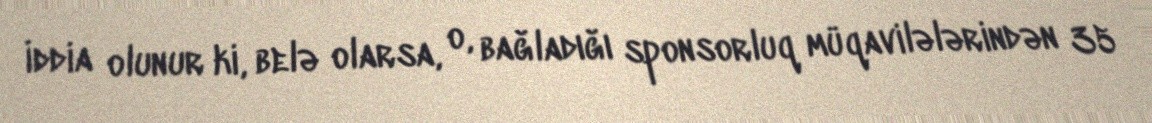
İddia olunur ki, belə olarsa, o, bağladığı sponsorluq müqavilələrindən 35